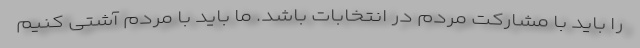
را باید با مشارکت مردم در انتخابات باشد. ما باید با مردم آشتی کنیم